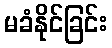
မခံနိုင်ခြင်း